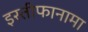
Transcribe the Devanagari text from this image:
इस्तीफानामा